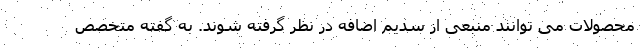
محصولات می توانند منبعی از سدیم اضافه در نظر گرفته شوند. به گفته متخصص